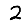
Digit: 2